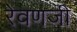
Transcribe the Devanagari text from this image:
रेवणजी